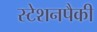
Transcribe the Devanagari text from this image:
स्टेशनपैकी